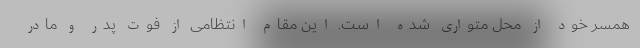
همسر خود از محل متواری شده است. این مقام انتظامی از فوت پدر و مادر